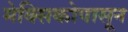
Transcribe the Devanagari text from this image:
मेक्सिकोपासून